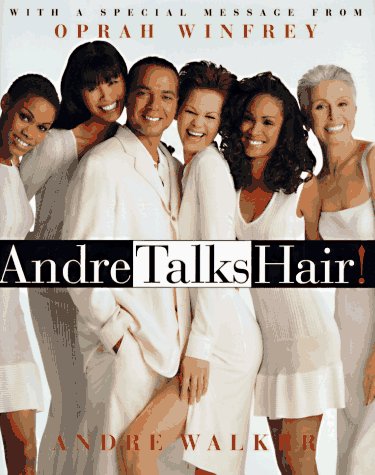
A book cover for Andre Talks Hair; Andre Walker; Health, Fitness & Dieting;